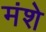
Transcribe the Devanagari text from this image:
मंशे